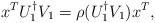
LaTeX: \begin{align*} x^{T}U_{1}^{\dagger}V_{1}=\rho(U^{\dagger}_{1}V_{1})x^{T},\end{align*}